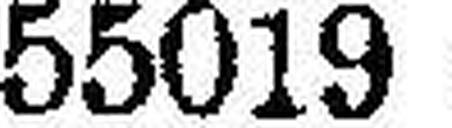
55019